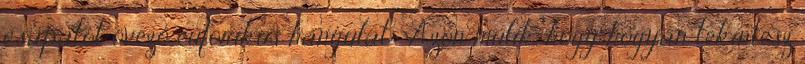
csapatot övező eufórikus hangulat: "Azon múlik, hogy hogyan tekintesz